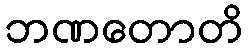
ဘဏတောတိ